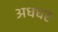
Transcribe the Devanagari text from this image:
अधधर